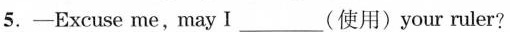
5.-Excuse me,may I______(使用)your ruler?